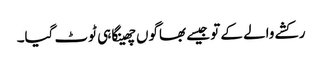
رکشے والے کے تو جیسے بھاگوں چھینکا ہی ٹوٹ گیا۔